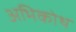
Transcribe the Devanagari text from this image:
अभिकोथ